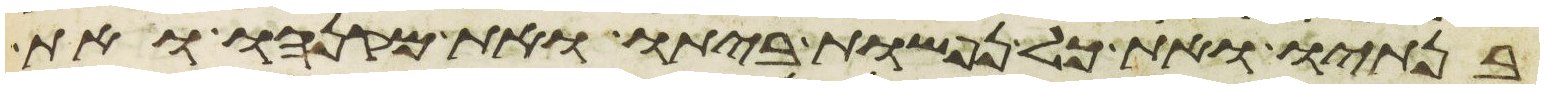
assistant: בנתיו ואת כל נפשות ביתו ואת מקנהו ואת